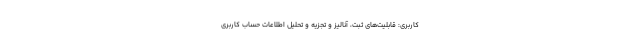
کاربری: قابلیت‌های ثبت، آنالیز و تجزیه و تحلیل اطلاعات حساب کاربری